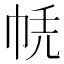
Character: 𢂮